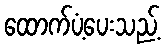
ထောက်ပံ့ပေးသည့်